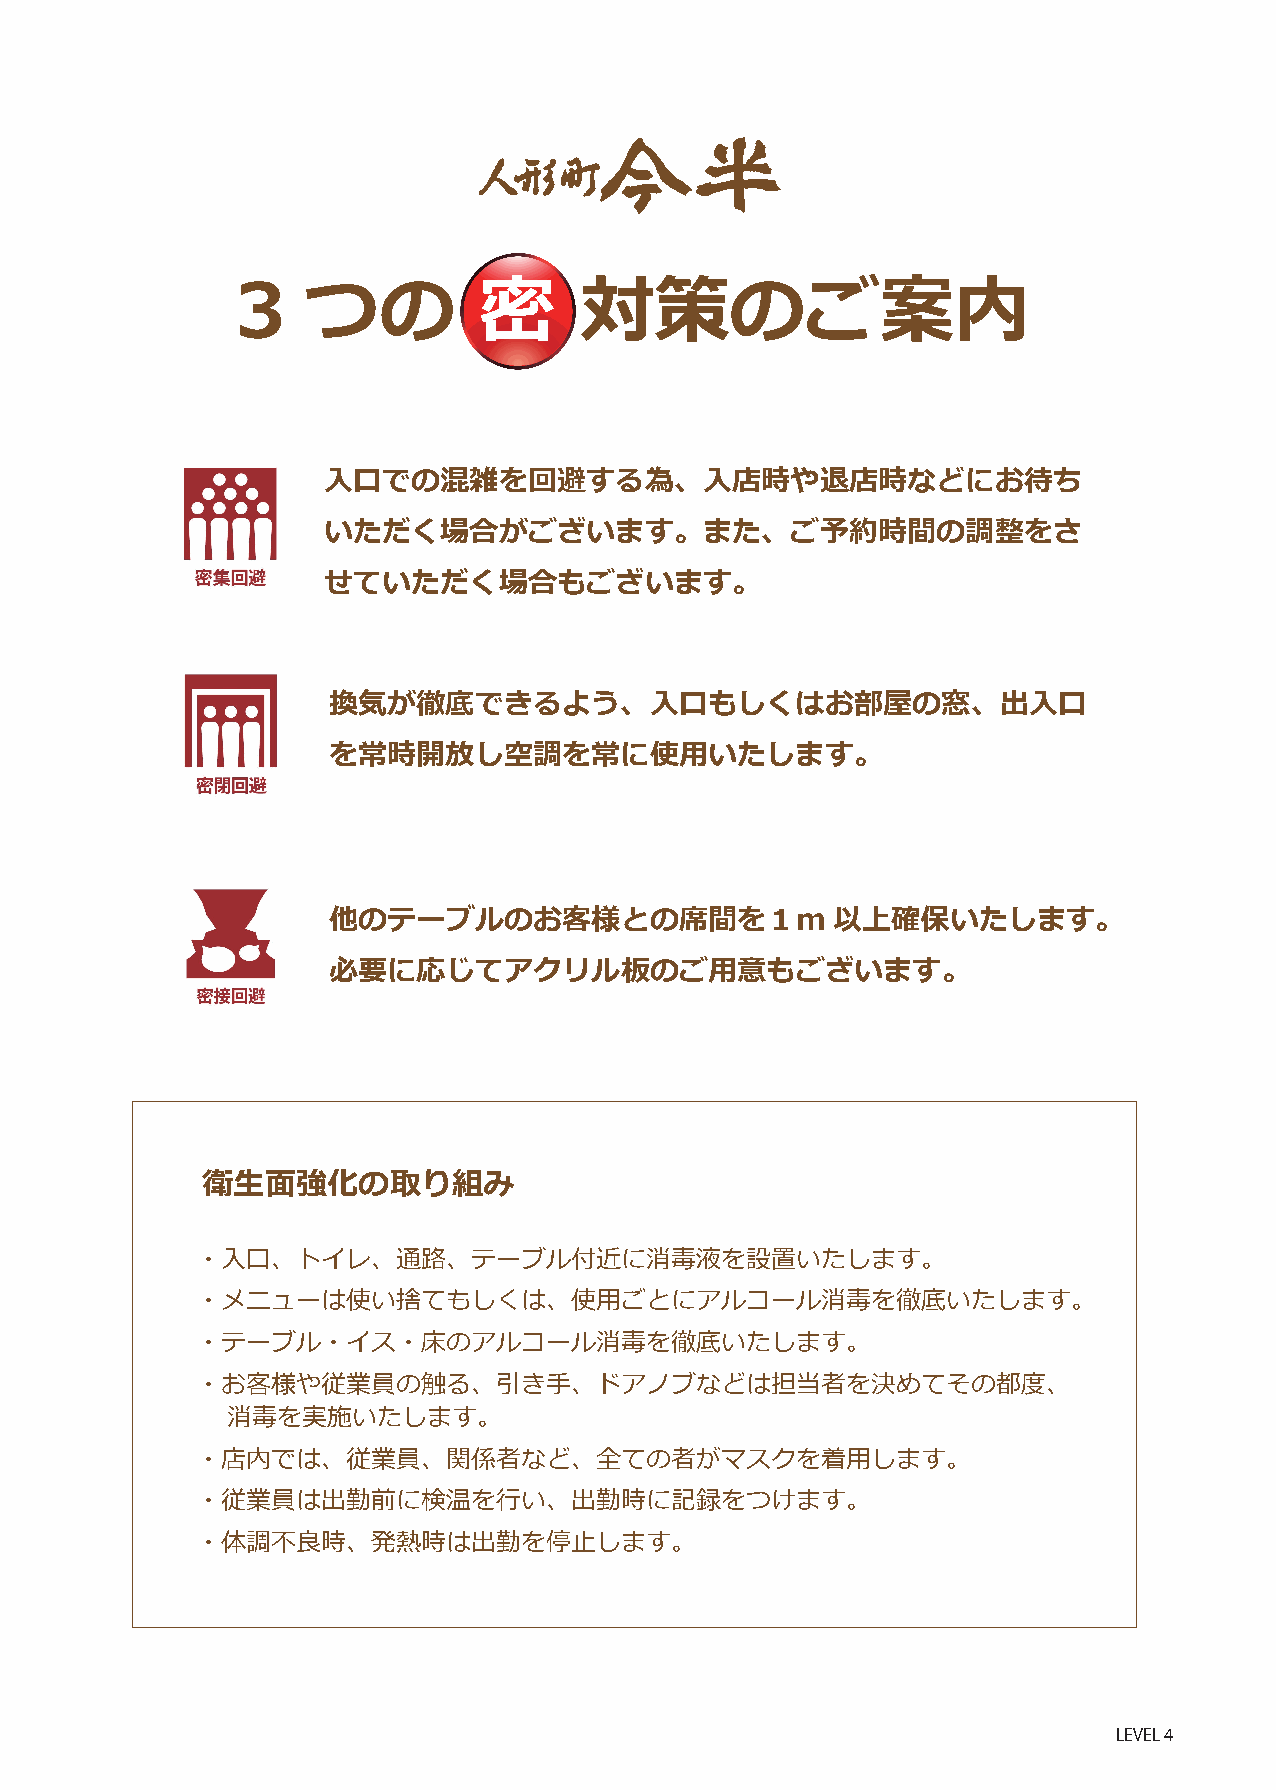
3   つの          密     対策のご案内
 入口での混雑を回避する為、入店時や退店時などにお待ち
 いただく場合がございます。また、ご予約時間の調整をさ
 せていただく場合もございます。
 換気が徹底できるよう、入口もしくはお部屋の窓、出入口
 を常時開放し空調を常に使用いたします。
 他のテーブルのお客様との席間を１m                以上確保いたします。
 必要に応じてアクリル板のご用意もございます。
 衛生面強化の取り組み
 ・入口、トイレ、通路、テーブル付近に消毒液を設置いたします。
 ・メニューは使い捨てもしくは、使用ごとにアルコール消毒を徹底いたします。
 ・テーブル・イス・床のアルコール消毒を徹底いたします。
 ・お客様や従業員の触る、引き手、ドアノブなどは担当者を決めてその都度、
 消毒を実施いたします。
 ・店内では、従業員、関係者など、全ての者がマスクを着用します。
 ・従業員は出勤前に検温を行い、出勤時に記録をつけます。
 ・体調不良時、発熱時は出勤を停止します。
 LEVEL 4